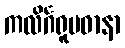
ကလိင်္ဂရူပဓာနာ